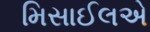
મિસાઈલએ